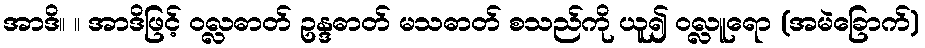
အာဒိ။ ။ အာဒိဖြင့် ဝလ္လဓာတ် ဥန္ဒဓာတ် မသဓာတ် စသည်ကို ယူ၍ ဝလ္လူရော (အမဲခြောက်)